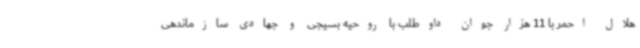
هلال احمر با 11 هزار جوان داوطلب با روحیه بسیجی و جهادی سازماندهی